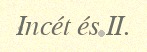
Incét és II.